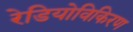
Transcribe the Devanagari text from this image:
रेडियोविकिरण